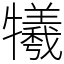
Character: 犧